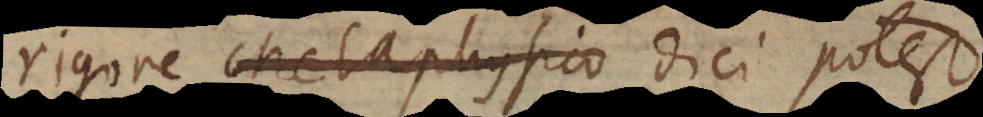
rigore Metaphysico dici potest,